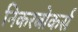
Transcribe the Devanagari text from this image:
निकरबोकर्स